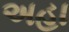
અહા